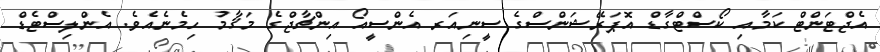
އެޖްޓަންޓް ކަމާއި ކޯސްޓްގާޑް އޮޕަރޭޝަންސްގެ ސީނިއަރ އެންސީއޯ އިންޗާޖްގެ މަޤާމު ހިމެނެއެވެ. އެންލިސްޓެޑް